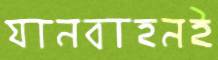
যানবাহনই